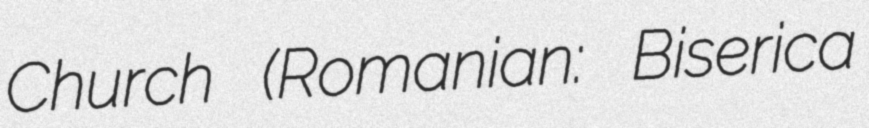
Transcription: Church (Romanian: Biserica